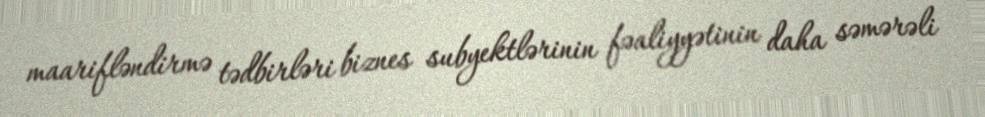
maarifləndirmə tədbirləri biznes subyektlərinin fəaliyyətinin daha səmərəli